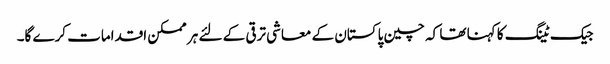
جیک ٹینگ کا کہنا تھا کہ چین پاکستان کے معاشی ترقی کے لئے ہر ممکن اقدامات کرے گا۔